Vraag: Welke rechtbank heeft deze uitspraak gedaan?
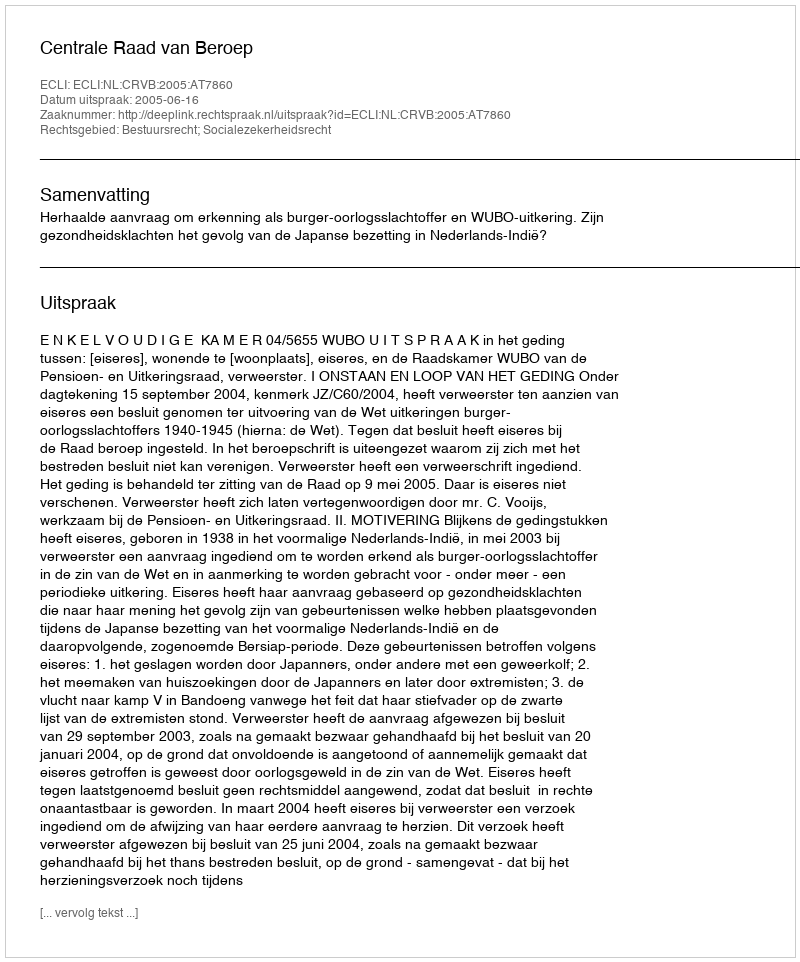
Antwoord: Centrale Raad van Beroep